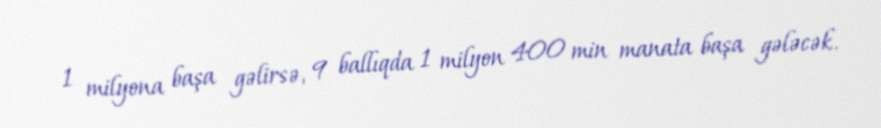
1 milyona başa gəlirsə, 9 ballıqda 1 milyon 400 min manata başa gələcək.